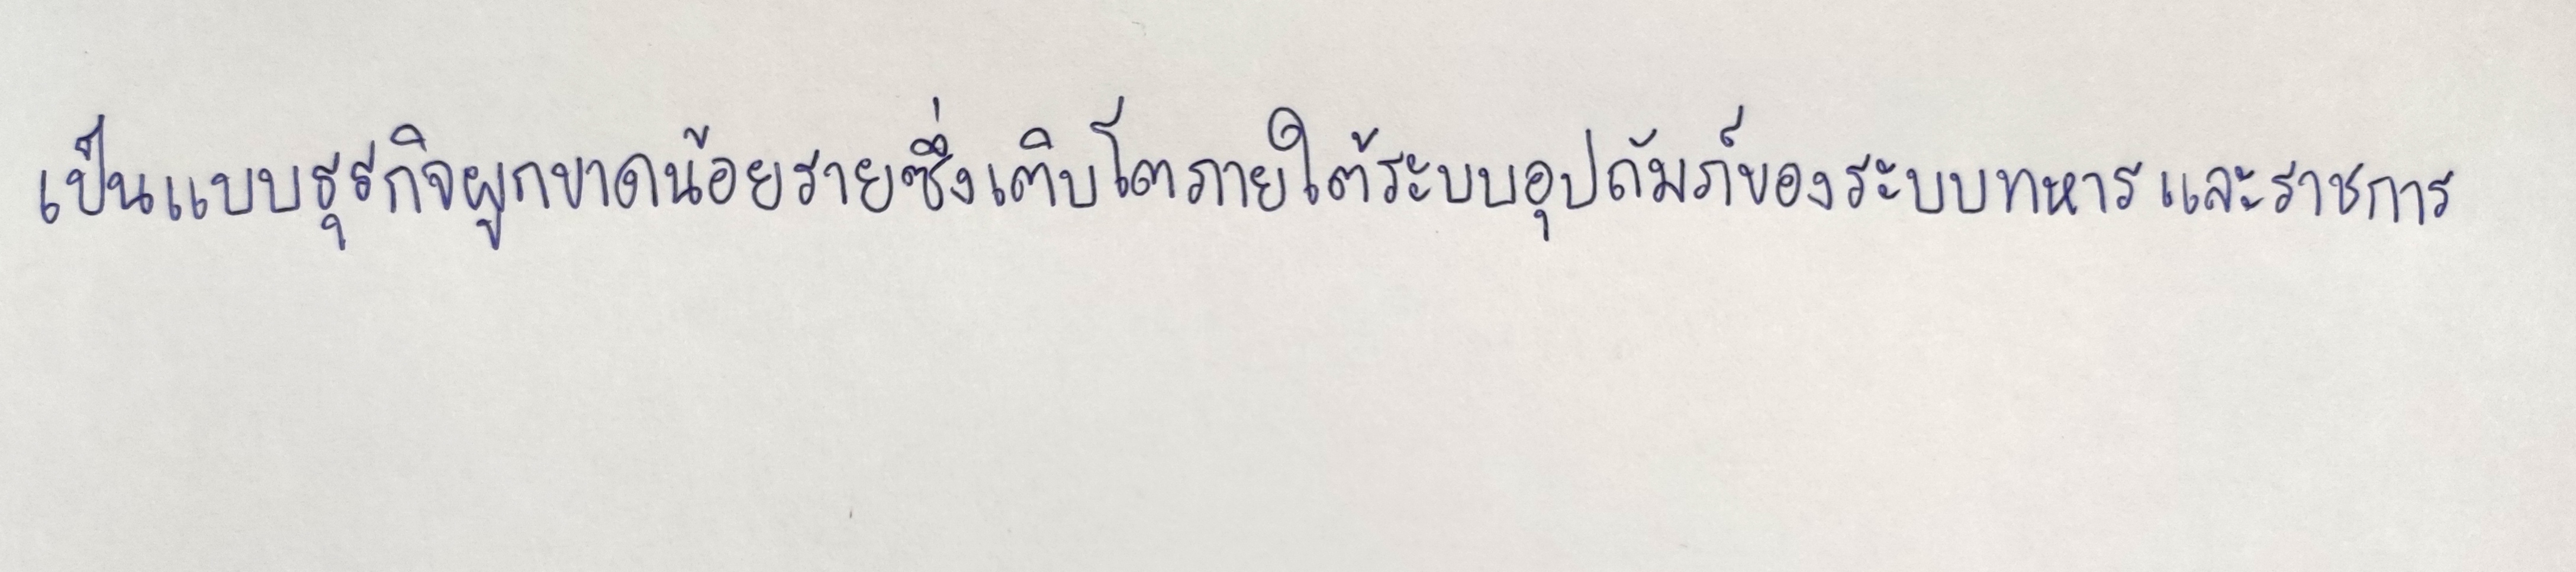
เป็นแบบธุรกิจผูกขาดน้อยรายซึ่งเติบโตภายใต้ระบบอุปถัมภ์ของระบบทหารและราชการ